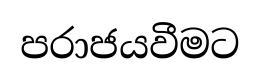
පරාජයවීමට